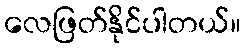
လေဖြတ်နိုင်ပါတယ်။